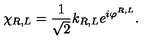
\chi _ { R , L } = \frac { 1 } { \sqrt { 2 } } k _ { R , L } e ^ { i \varphi ^ { R , L } } .